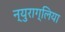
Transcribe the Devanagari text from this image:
न्युराग्लिया